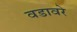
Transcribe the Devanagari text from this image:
वडावरे